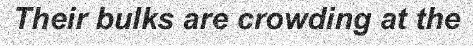
Their bulks are crowding at the